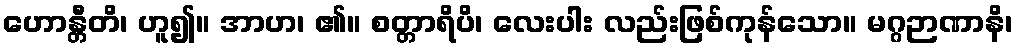
ဟောန္တီတိ၊ ဟူ၍။ အာဟ၊ ၏။ စတ္တာရိပိ၊ လေးပါး လည်းဖြစ်ကုန်သော။ မဂ္ဂဉာဏာနိ၊